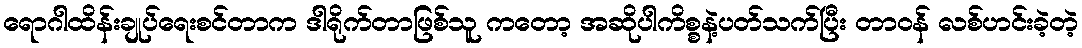
ရောဂါထိန်းချုပ်ရေးစင်တာက ဒါရိုက်တာဖြစ်သူ ကတော့ အဆိုပါကိစ္စနဲ့ပတ်သက်ပြီး တာဝန် လစ်ဟင်းခဲ့တဲ့